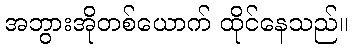
အဘွားအိုတစ်ယောက် ထိုင်နေသည်။